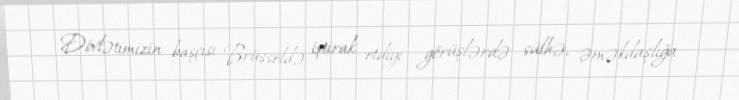
Dövlətimizin başçısı Brüsseldə iştirak etdiyi görüşlərdə sülhə, əməkdaşlığa